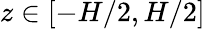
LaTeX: z\in[-H/2,H/2]